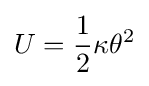
U={\frac {1}{2}}\kappa \theta ^{2}